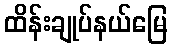
ထိန်းချုပ်နယ်မြေ